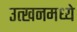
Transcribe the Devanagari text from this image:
उत्खनमध्ये